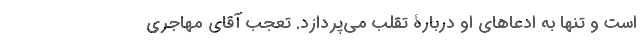
است و تنها به ادعاهای او دربارۀ تقلب می‌پردازد‌. تعجب آقای مهاجری